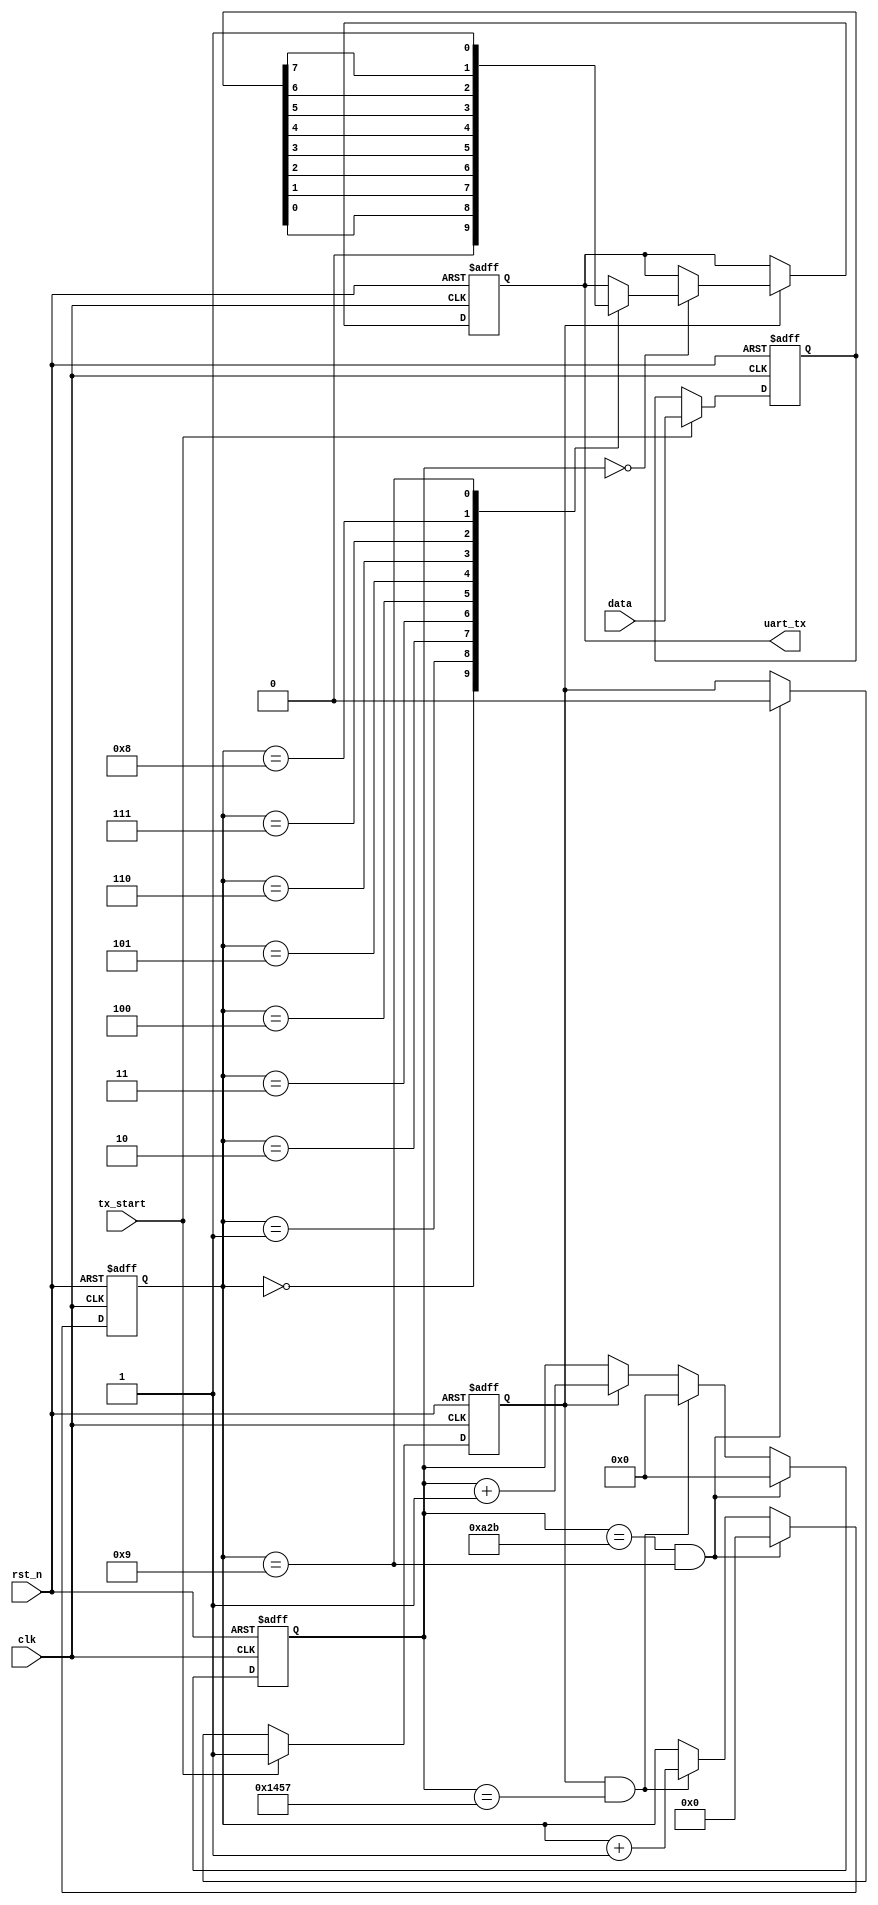
// description: uart receive

module uart_tx(
	input clk, 
	input rst_n,
	output reg uart_tx, 
	input [7:0] data,
	input tx_start
);

parameter CLK_FREQ = 50000000;
parameter UART_BPS = 9600;					// Baud
localparam PERIOD = CLK_FREQ/UART_BPS;		

reg [7:0] tx_data;				// send data 
reg start_tx_flag;				// send data flag

//calculate one bit need time
reg [15:0] cnt0;
wire add_cnt0;
wire end_cnt0;

// send several bits 
reg [3:0] cnt1;
wire add_cnt1;
wire end_cnt1;

// send flag
always @(posedge clk or negedge rst_n)
begin
	if(rst_n == 1'b0)
	begin
		start_tx_flag <= 1'b0;
		tx_data <= 1'b0;
	end
	else if(tx_start)					// tx_start is high
	begin
		start_tx_flag <= 1'b1;
		tx_data <= data;
	end
	else if(end_cnt1)
	begin
		start_tx_flag <= 1'b0;
	end
end

always @(posedge clk or negedge rst_n)
begin
	if(rst_n == 1'b0)
	begin
		cnt0 <= 1'b0;
	end
	else if(end_cnt1)
	begin
		cnt0 <= 1'b0;
	end
	else if(end_cnt0)
	begin
		cnt0 <= 1'b0;
	end
	else if(add_cnt0)
	begin
		cnt0 <= cnt0 + 1'b1;
	end
end
assign add_cnt0 = start_tx_flag;
assign end_cnt0 = add_cnt0 && cnt0 == PERIOD-1;

always @(posedge clk or negedge rst_n)
begin
	if(rst_n == 1'b0)
	begin
	   cnt1 <= 1'b0;
	end
	else if(end_cnt1)
	begin
	   cnt1 <= 1'b0;
	end
	else if(add_cnt1)
	begin
	   cnt1 <= cnt1 + 1'b1;
	end
end
assign add_cnt1 = end_cnt0;
assign end_cnt1 = (cnt0==((PERIOD-1)/2)) && (cnt1==10-1);

always @(posedge clk or negedge rst_n)
begin
	if(rst_n == 1'b0)
	begin
		uart_tx <= 1'b1;			// idle state
	end
	else if(start_tx_flag)
	begin
		if(cnt0==1'b0)
		begin
			case(cnt1)
			4'd0: uart_tx <= 1'b0;		// start bit
			4'd1: uart_tx <= tx_data[0];
			4'd2: uart_tx <= tx_data[1];
			4'd3: uart_tx <= tx_data[2];
			4'd4: uart_tx <= tx_data[3];
			4'd5: uart_tx <= tx_data[4];
			4'd6: uart_tx <= tx_data[5];
			4'd7: uart_tx <= tx_data[6];
			4'd8: uart_tx <= tx_data[7];
			4'd9: uart_tx <= 1'b1;
			default: ;
			endcase
		end
	end
end
endmodule